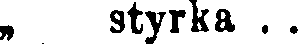
„ styrka . .